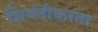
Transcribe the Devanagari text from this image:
शिबंदीकरता